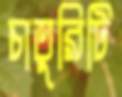
চাতুরিটি